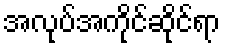
အလုပ်အကိုင်ဆိုင်ရာ